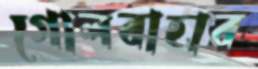
গোলবাহার